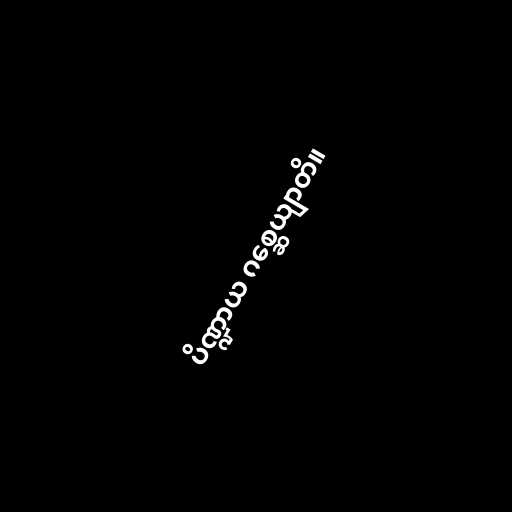
ပိဏ္ဍာယ ဂစ္ဆေယျာတိ။